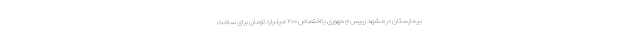
بیمارستان در مشهد رییس جمهوری با اختصاص ۲۰۰ میلیارد تومان برای ساخت